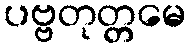
ပဗ္ဗတုတ္တမေ